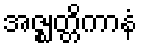
အဇ္ဈတ္တိကာနံ